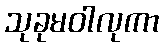
သုခုမဝါလုကာ